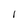
Character: 1